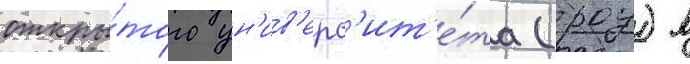
откры́того ун'ив'ерс'ит'е́та (роу) в